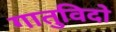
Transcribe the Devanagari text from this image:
गातुविदो